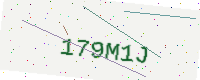
Text: 179M1J